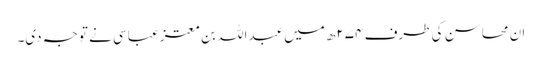
ان محاسن کی طرف ۲۷۴ھ میں عبداللہ بن معتز عباسی نے توجہ دی۔